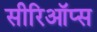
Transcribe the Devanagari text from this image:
सीरिऑप्स